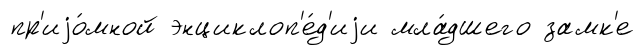
пр'иjо́мной энциклоп'е́д'иjи мла́дшего замк'е